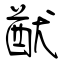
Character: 猷